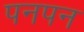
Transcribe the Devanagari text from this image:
पनपन